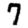
Digit: 7